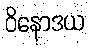
ဝိနောဒယ